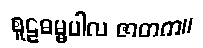
စူဠဓမ္မပါလ ဇာတက။